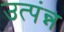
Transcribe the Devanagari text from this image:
उत्पंन्न